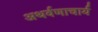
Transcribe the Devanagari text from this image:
अथर्वणाचार्य